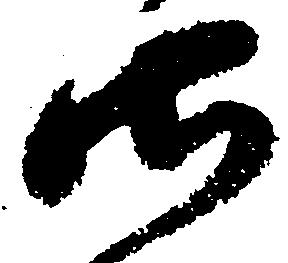
御